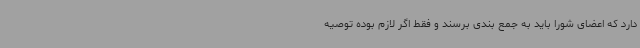
دارد که اعضای شورا باید به جمع بندی برسند و فقط اگر لازم بوده توصیه